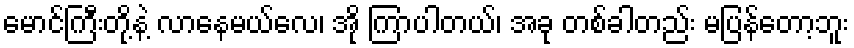
မောင်ကြီးတို့နဲ့ လာနေမယ်လေ၊ အို ကြာပါတယ်၊ အခု တစ်ခါတည်း မပြန်တော့ဘူး